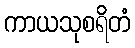
ကာယသုစရိတံ